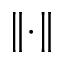
\left\Vert \cdot \right\Vert